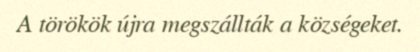
A törökök újra megszállták a községeket.